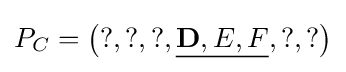
P_{C}=\left(?,?,?,{\underline {{\mathbf {D}},E,F}},?,?\right)